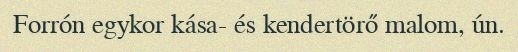
Forrón egykor kása- és kendertörő malom, ún.